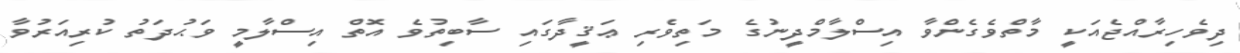
ދިވެހިރާއްޖެއަކީ މާތްވެގެންވާ އިސްލާމްދީނުގެ މަތިވެރި ޢަޤީދާގައި ސާބިތުވެ އޮތް އިސްލާމީ ވަޙުދަތު ކުރިއަރުވާ